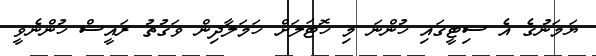
ޔަމަނުގެ އެ ސިޓީގައި ހުންނަ މި ހޮޓަލަށް ހަމަލާދިން ވަގުތު ރައީސް ހުންނެވީ